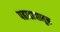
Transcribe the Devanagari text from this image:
पहाडापासून